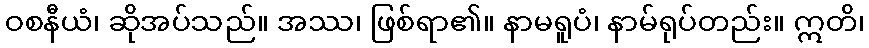
ဝစနီယံ၊ ဆိုအပ်သည်။ အဿ၊ ဖြစ်ရာ၏။ နာမရူပံ၊ နာမ်ရုပ်တည်း။ ဣတိ၊